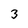
Character: 3